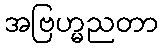
အဗြဟ္မညတာ